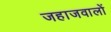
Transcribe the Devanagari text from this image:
जहाजवालों